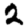
Digit: 2